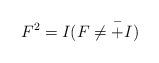
LaTeX: \begin{align*} F^{2}=I (F \not= \overset{-}{+}I) \end{align*}